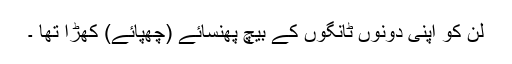
لن کو اپنی دونوں ٹانگوں کے بیچ پھنسائے (چھپائے) کھڑا تھا ۔